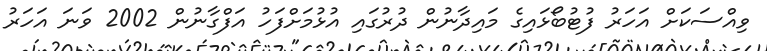
ވިއްސަކަށް އަހަރު ފުޓުބޯޅައިގެ މައިދާނުން ދުރުގައި އުޅުމަށްފަހު އަފްގާނުން 2002 ވަނަ އަހަރު